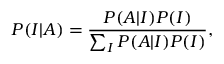
P ( I | A ) = \frac { P ( A | I ) P ( I ) } { \sum _ { I } P ( A | I ) P ( I ) } ,